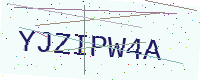
Text: YJZIPW4A